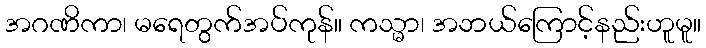
အဂဏိကာ၊ မရေတွက်အပ်ကုန်။ ကသ္မာ၊ အဘယ်ကြောင့်နည်းဟူမူ။